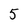
Character: 5